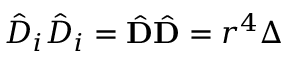
{ \hat { D } } _ { i } { \hat { D } } _ { i } = { \hat { \mathbf { D } } } { \hat { \mathbf { D } } } = r ^ { 4 } \Delta